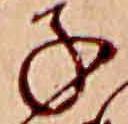
子